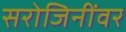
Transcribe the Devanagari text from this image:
सरोजिनींवर